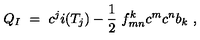
Q _ { I } \ = \ c ^ { j } i ( T _ { j } ) - \frac 1 2 \ f _ { m n } ^ { k } c ^ { m } c ^ { n } b _ { k } \ ,